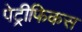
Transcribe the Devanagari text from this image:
पेट्रीफिकस